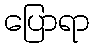
ပြောရာ